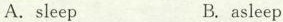
A.sleep B.asleep